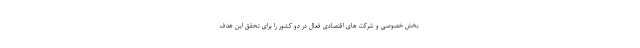
بخش خصوصی و شرکت های اقتصادی فعال در دو کشور را برای تحقق این هدف